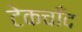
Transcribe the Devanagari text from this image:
टेकचाँद